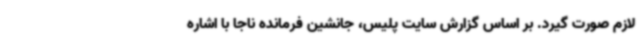
لازم صورت گیرد. بر اساس گزارش سایت پلیس، جانشین فرمانده ناجا با اشاره